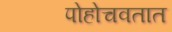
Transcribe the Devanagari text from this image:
पोहोचवतात